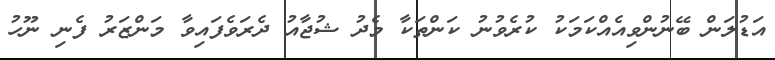
އަޑުލަން ބޭނުންވިއެއްކަމަކު ކުރެވުނު ކަންތަކާ މެދު ޝުޖާއު ދެރަވެފައިވާ މަންޒަރު ފެނި ނޫހު